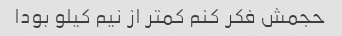
حجمش فکر کنم کمتر از نیم کیلو بودا